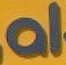
al